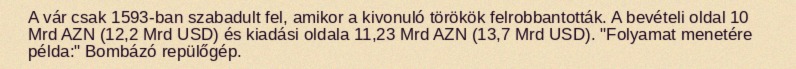
A vár csak 1593-ban szabadult fel, amikor a kivonuló törökök felrobbantották. A bevételi oldal 10 Mrd AZN (12,2 Mrd USD) és kiadási oldala 11,23 Mrd AZN (13,7 Mrd USD). "Folyamat menetére példa:" Bombázó repülőgép.